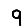
Digit: 9